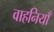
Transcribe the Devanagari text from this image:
वाहनियाँ